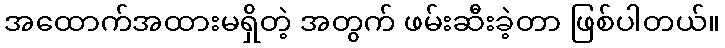
အထောက်အထားမရှိတဲ့ အတွက် ဖမ်းဆီးခဲ့တာ ဖြစ်ပါတယ်။